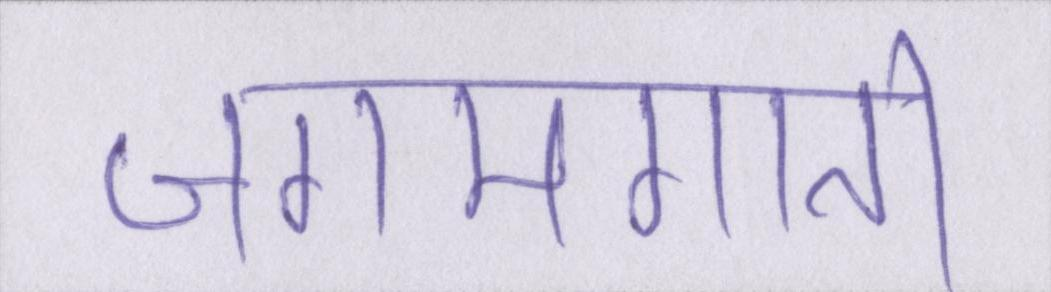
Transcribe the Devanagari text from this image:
जगमगाती